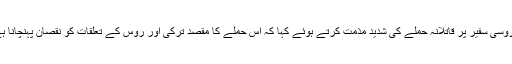
20 دسمبر2016ء) ترک وزیر خارجہ مولود چاوش اولو نے روسی سفیر پر قاتلانہ حملے کی شدید مذمت کرتے ہوئے کہا کہ اس حملے کا مقصد ترکی اور روس کے تعلقات کو نقصان پہنچانا ہے لیکن دہشت گرد اپنے مقصد میں کامیاب نہیں ہو سکیں گے ۔